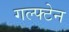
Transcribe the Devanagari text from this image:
गल्फ्टेन